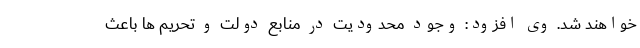
خواهند شد. وی افزود: وجود محدودیت در منابع دولت و تحریم‌ ها باعث